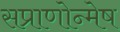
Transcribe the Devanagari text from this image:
सप्राणोन्मेष